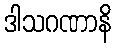
ဒါသဂဏာနိ